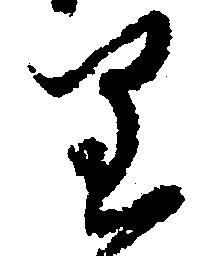
り